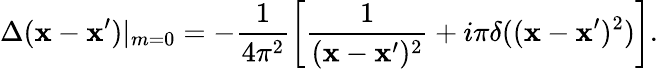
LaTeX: \Delta(\mathbf{x}-\mathbf{x}^{\prime})|_{m=0}=-\frac{{1}}{{4\pi^{2}}}\left[\frac{{1}}{{(\mathbf{x}-\mathbf{x}^{\prime})^{2}}}+i\pi\delta((\mathbf{x}-\mathbf{x}^{\prime})^{2})\right].